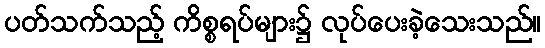
ပတ်သက်သည့် ကိစ္စရပ်များ၌ လုပ်ပေးခဲ့သေးသည်။